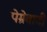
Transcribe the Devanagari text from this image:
पेम्रेवादी